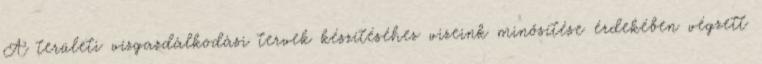
A területi vízgazdálkodási tervek készítéséhez vizeink minősítése érdekében végzett